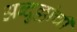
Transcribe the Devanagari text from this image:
अब्दुल्लांची